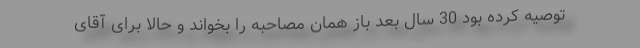
توصیه کرده بود 30 سال بعد باز همان مصاحبه را بخواند و حالا برای آقای